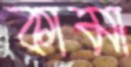
কামা